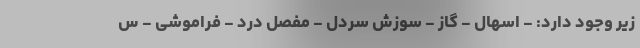
زیر وجود دارد: - اسهال - گاز - سوزش سردل - مفصل درد - فراموشی - س